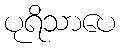
ပုရိသာပေ